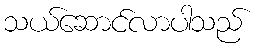
သယ်ဆောင်လာပါသည်